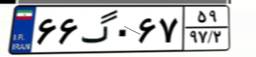
۹۵گ۵۰۹۱۲